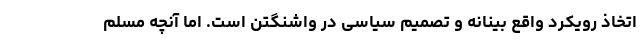
اتخاذ رویکرد واقع بینانه و تصمیم سیاسی در واشنگتن است. اما آنچه مسلم